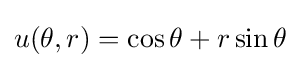
u(\theta ,r)=\cos \theta +r\sin \theta